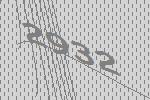
2932